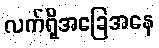
လက်ရှိအခြေအနေ